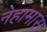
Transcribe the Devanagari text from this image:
नेहामास